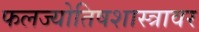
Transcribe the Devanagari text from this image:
फलज्योतिषशास्त्रावर